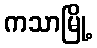
ကသာမြို့